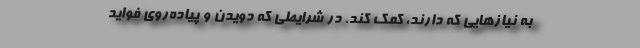
به نیازهایی که دارند، کمک کند. در شرایطی که دویدن و پیاده‌روی فواید